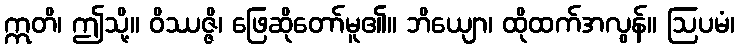
ဣတိ၊ ဤသို့။ ဝိဿဇ္ဇိ၊ ဖြေဆိုတော်မူ၏။ ဘိယျော၊ ထိုထက်အလွန်။ ဩပမံ၊